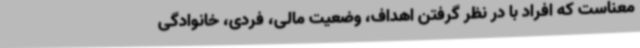
معناست که افراد با در نظر گرفتن اهداف، وضعیت مالی، فردی، خانوادگی